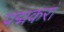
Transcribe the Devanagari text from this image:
पद्मकरां